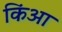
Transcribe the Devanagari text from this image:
किंआ